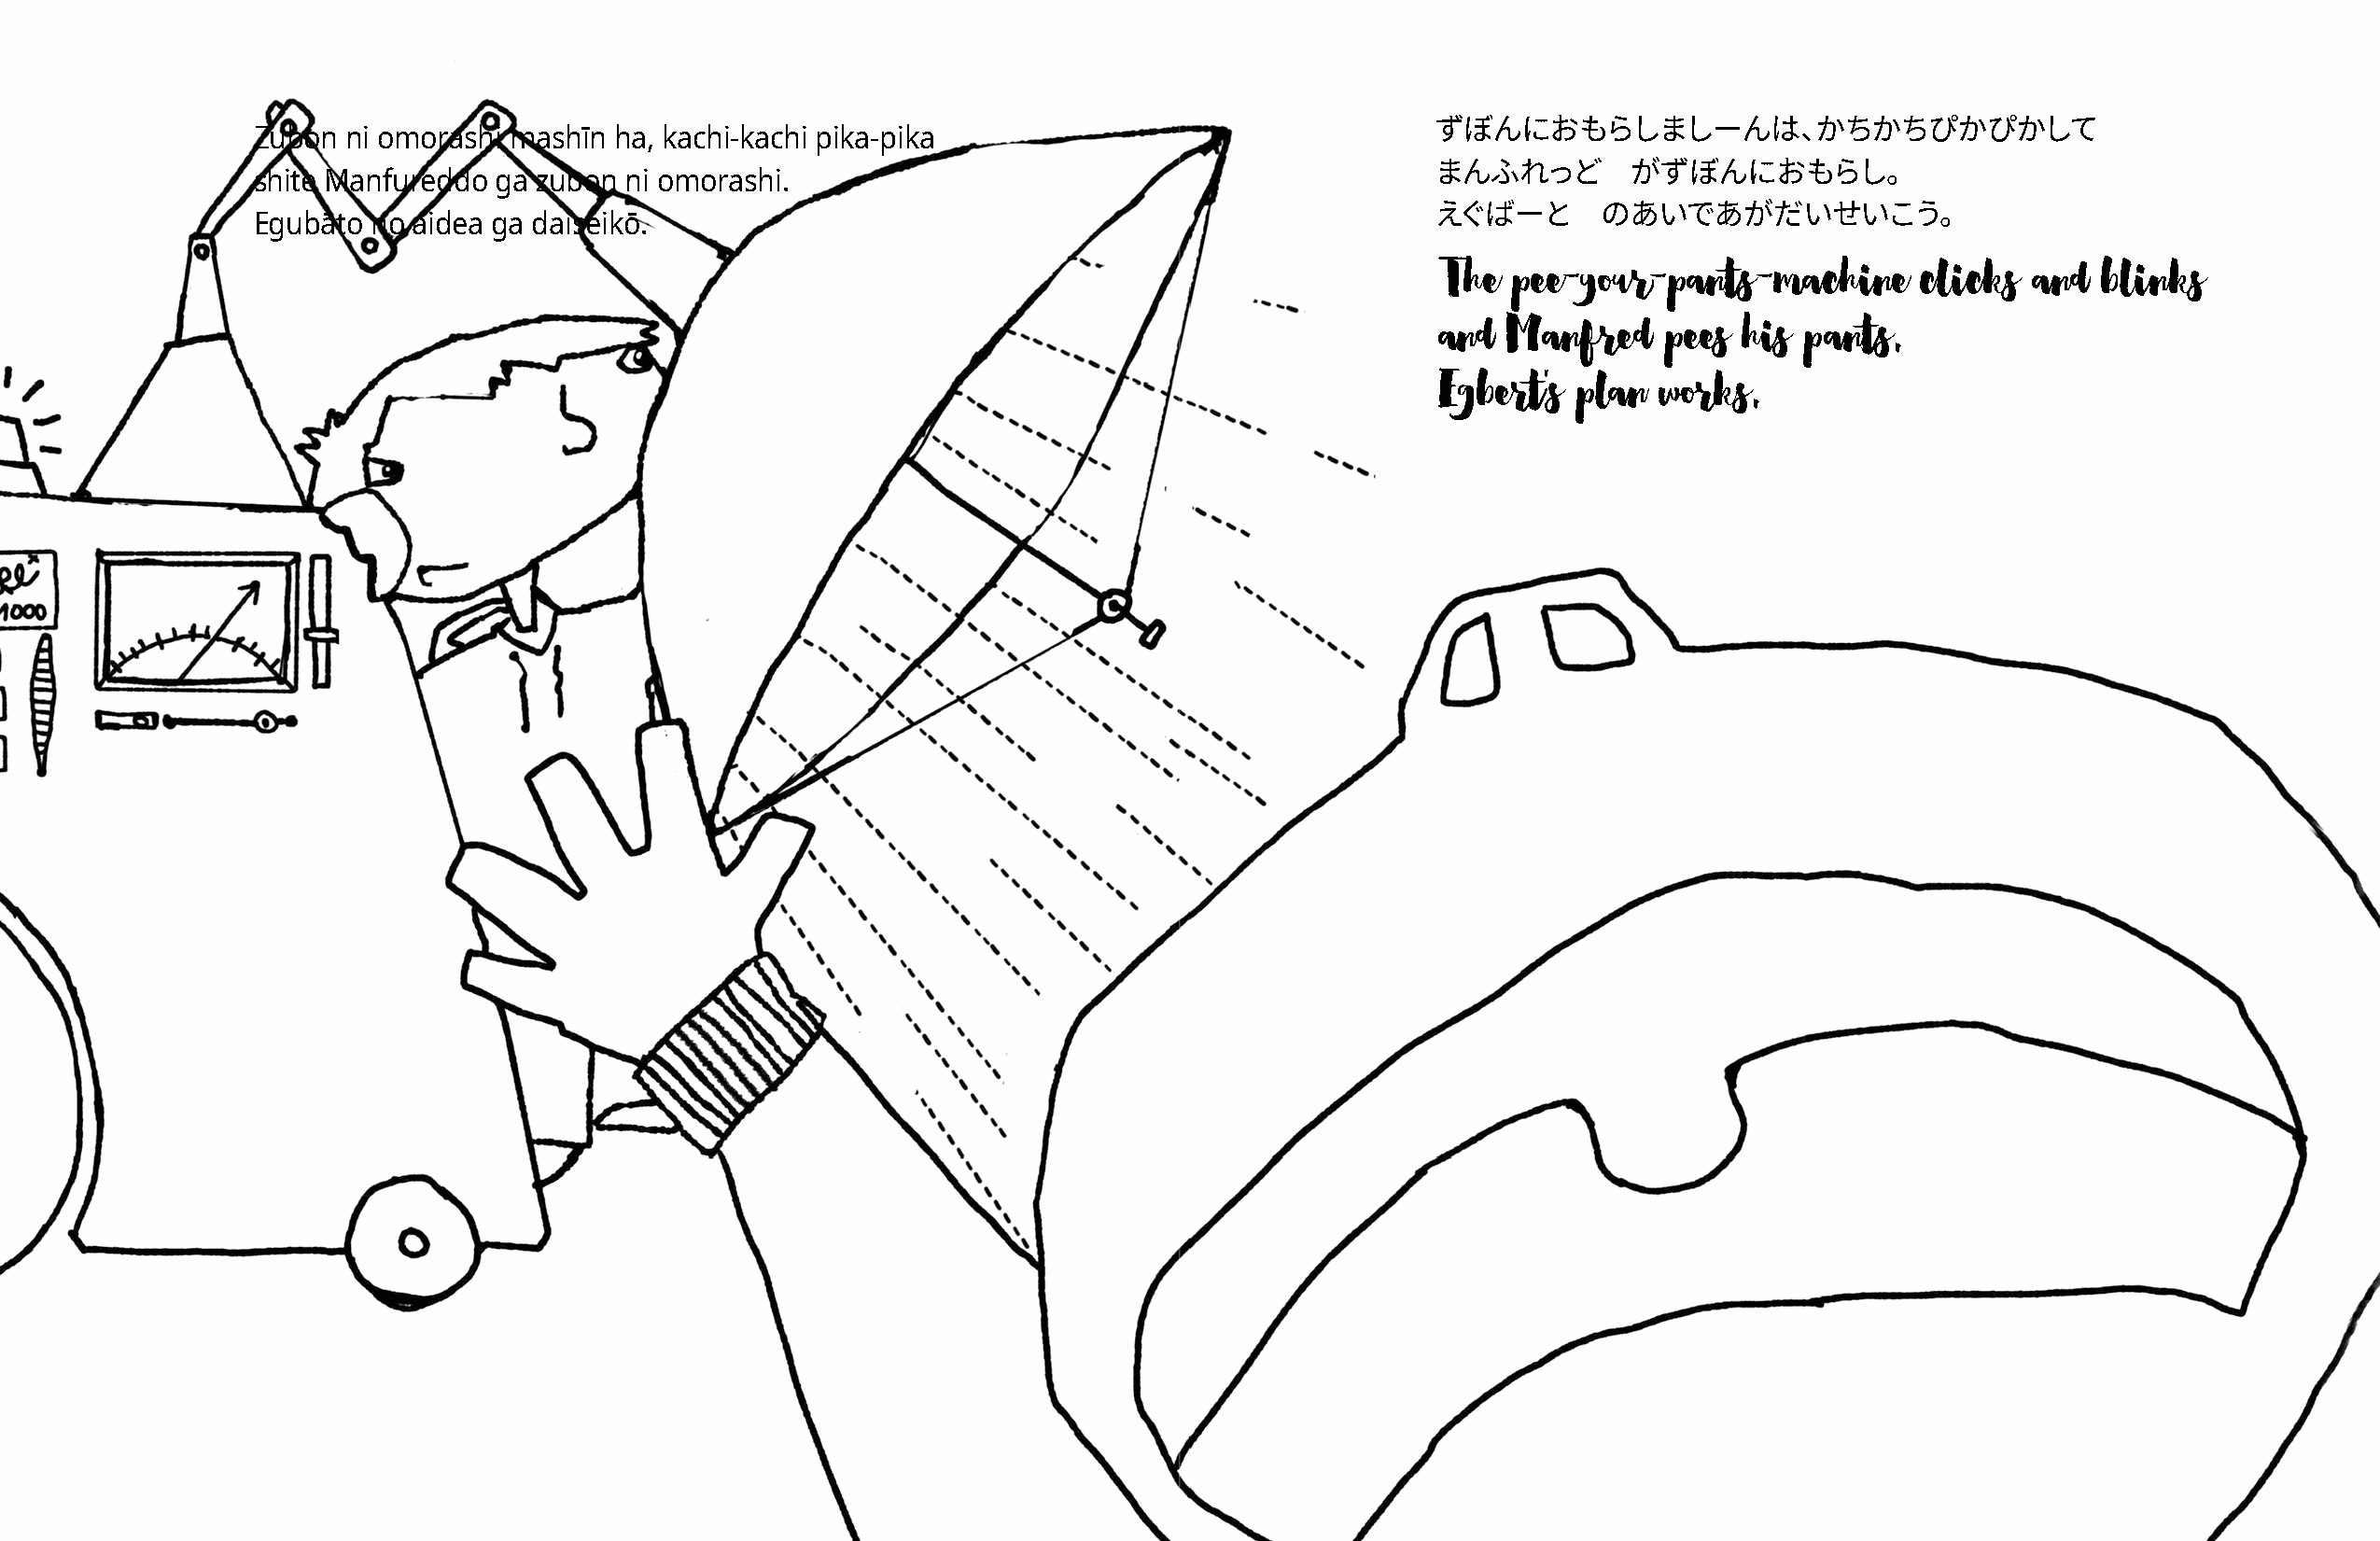
Zubon  ni omorashi mashīn ha, kachi-kachi pika-pika
 ずぼんにおもらしましーんは、かちかちぴかぴかして
 shite Manfureddo ga zubon ni omorashi.
 まんふれっど        がずぼんにおもらし。
 Egubāto no aidea ga daiseikō.
 えぐばーと       のあいであがだいせいこう。
 The  pee-your-pants-machine       clicks  and  blinks
 and  Manfred    pees  his pants.
 Egbert's  plan  works.